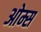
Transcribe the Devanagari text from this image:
ओम्स